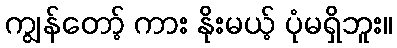
ကျွန်တော့် ကား နိုးမယ့် ပုံမရှိဘူး။